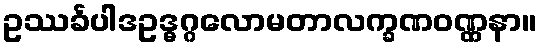
ဥဿင်္ခပါဒဥဒ္ဓဂ္ဂလောမတာလက္ခဏဝဏ္ဏနာ။